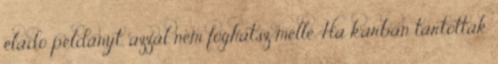
eladó példányt, azzal nem foghatsz mellé. Ha karban tartották